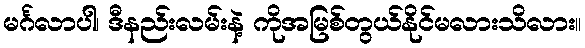
မင်္ဂလာပါ၊ ဒီနည်းလမ်းနဲ့ ကိုအမြစ်တွယ်နိုင်မလားသိလား။